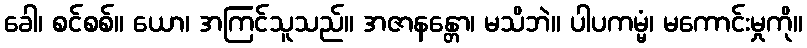
ခေါ၊ စင်စစ်။ ယော၊ အကြင်သူသည်။ အဇာနန္တော၊ မသိဘဲ။ ပါပကမ္မံ၊ မကောင်းမှုကို။